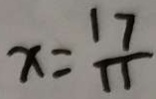
x = \frac { 1 7 } { 1 1 }